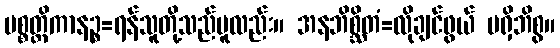
ပစ္စတ္ထိကာနဉ္စ=ရန်သူတို့သည်မူလည်း။ အနဘိစ္ဆိတံ=လိုချင်ဖွယ် မရှိဘိစွ။